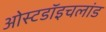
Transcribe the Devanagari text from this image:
ओस्टडॉइचलांड